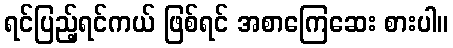
ရင်ပြည့်ရင်ကယ် ဖြစ်ရင် အစာကြေဆေး စားပါ။